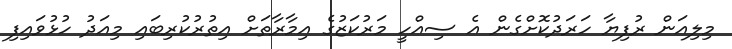
މިލިއަން ރުފިޔާ ހަރަދުކޮށްގެން އެ ސިއްހީ މަރުކަޒުގެ އިމާރާތަށް އިތުރުކުރިބައި މިއަދު ހުޅުވައިފި